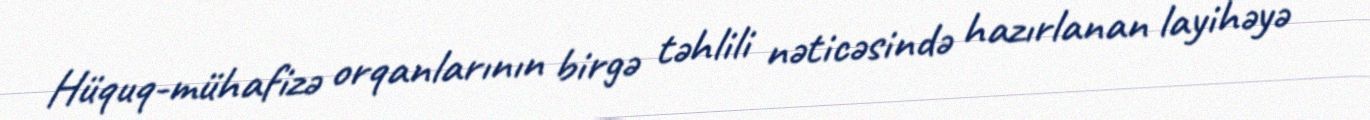
Hüquq-mühafizə orqanlarının birgə təhlili nəticəsində hazırlanan layihəyə